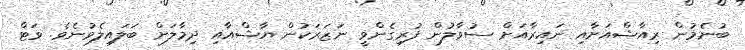
ބުނެމުން ރިއާޝްއަށާއި ނައިރާއަށް ސުވާލުން ފުރިގެންވީ ނަޒަރަކުން ޔާޝްއާއި ދިމާލަށް ބަލައިލެވުނެވެ. ވަޓް